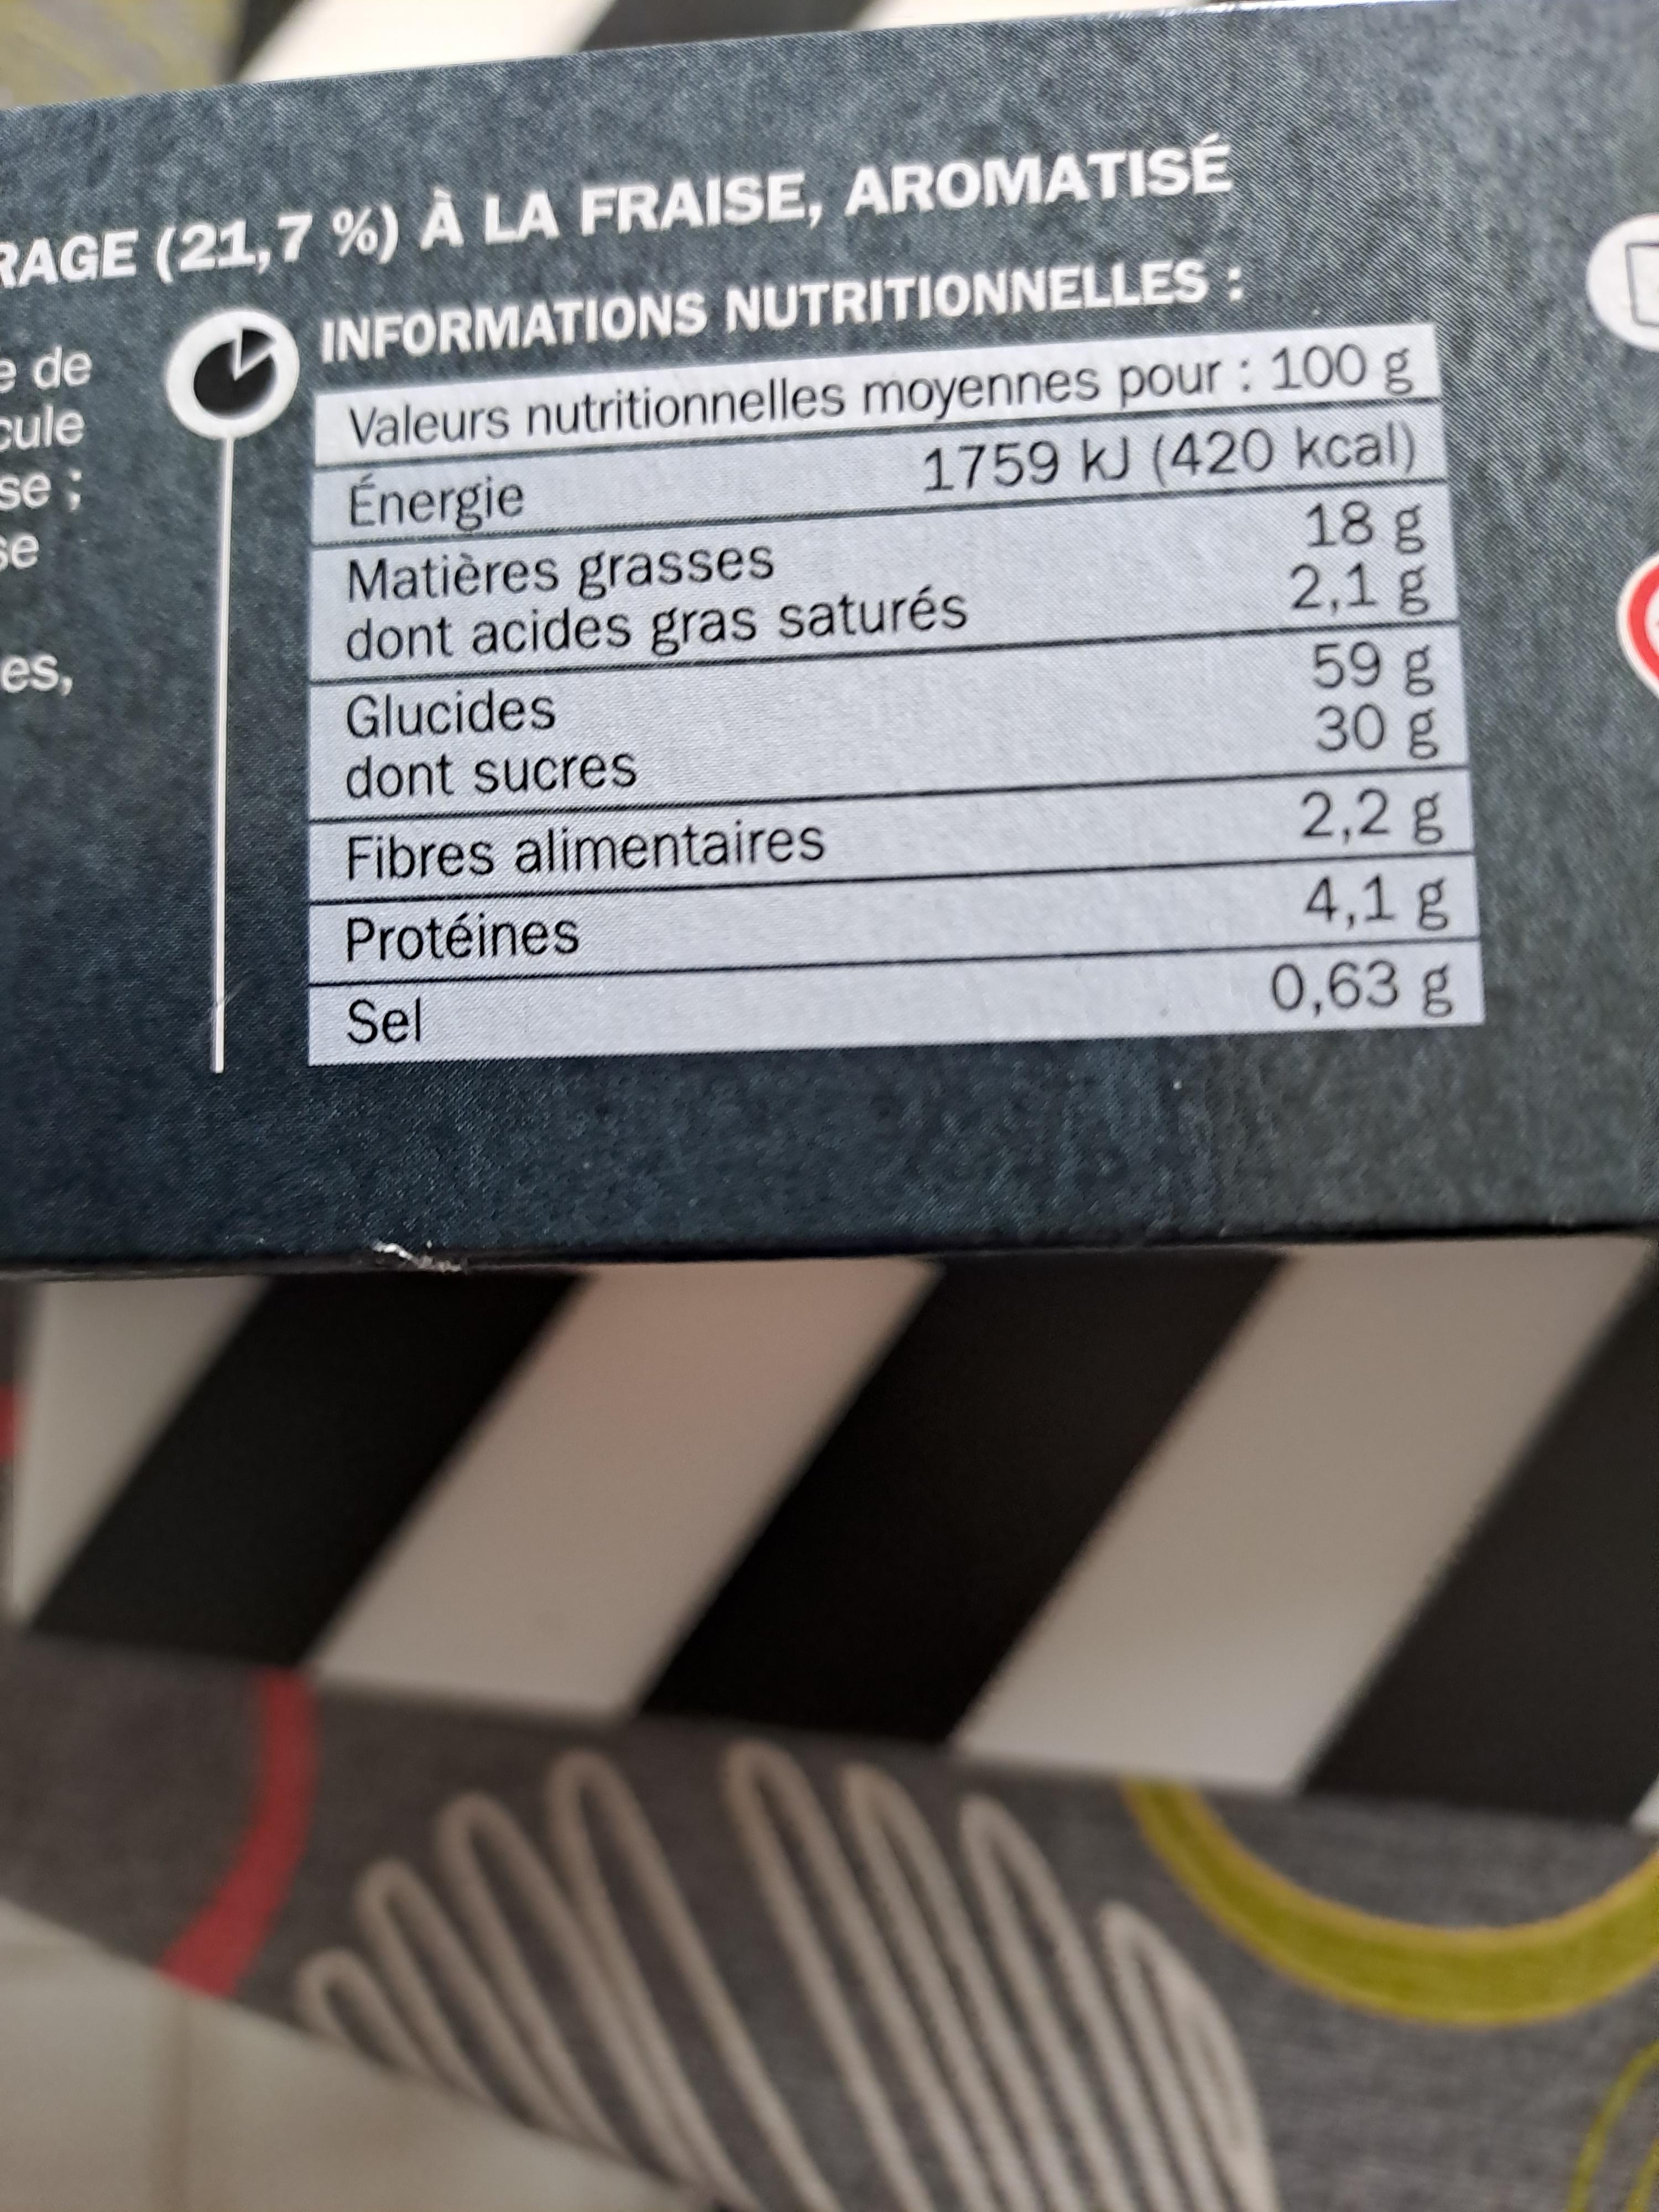
RAGE (21,7%) À LA FRAISE, AROMATISÉ
INFORMATIONS NUTRITIONNELLES
Valeurs nutritionnelles moyennes pour : 100 g
Énergie
1759 kJ (420 kcal)
Matières grasses dont acides gras saturés
Glucides
dont sucres
Fibres alimentaires
Protéines
Sel
e de
cule
se;
se
es,
18 g 2,1 g
59 g
30 g
2,2 g
4,1 g
0,63 g